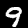
Label: 9